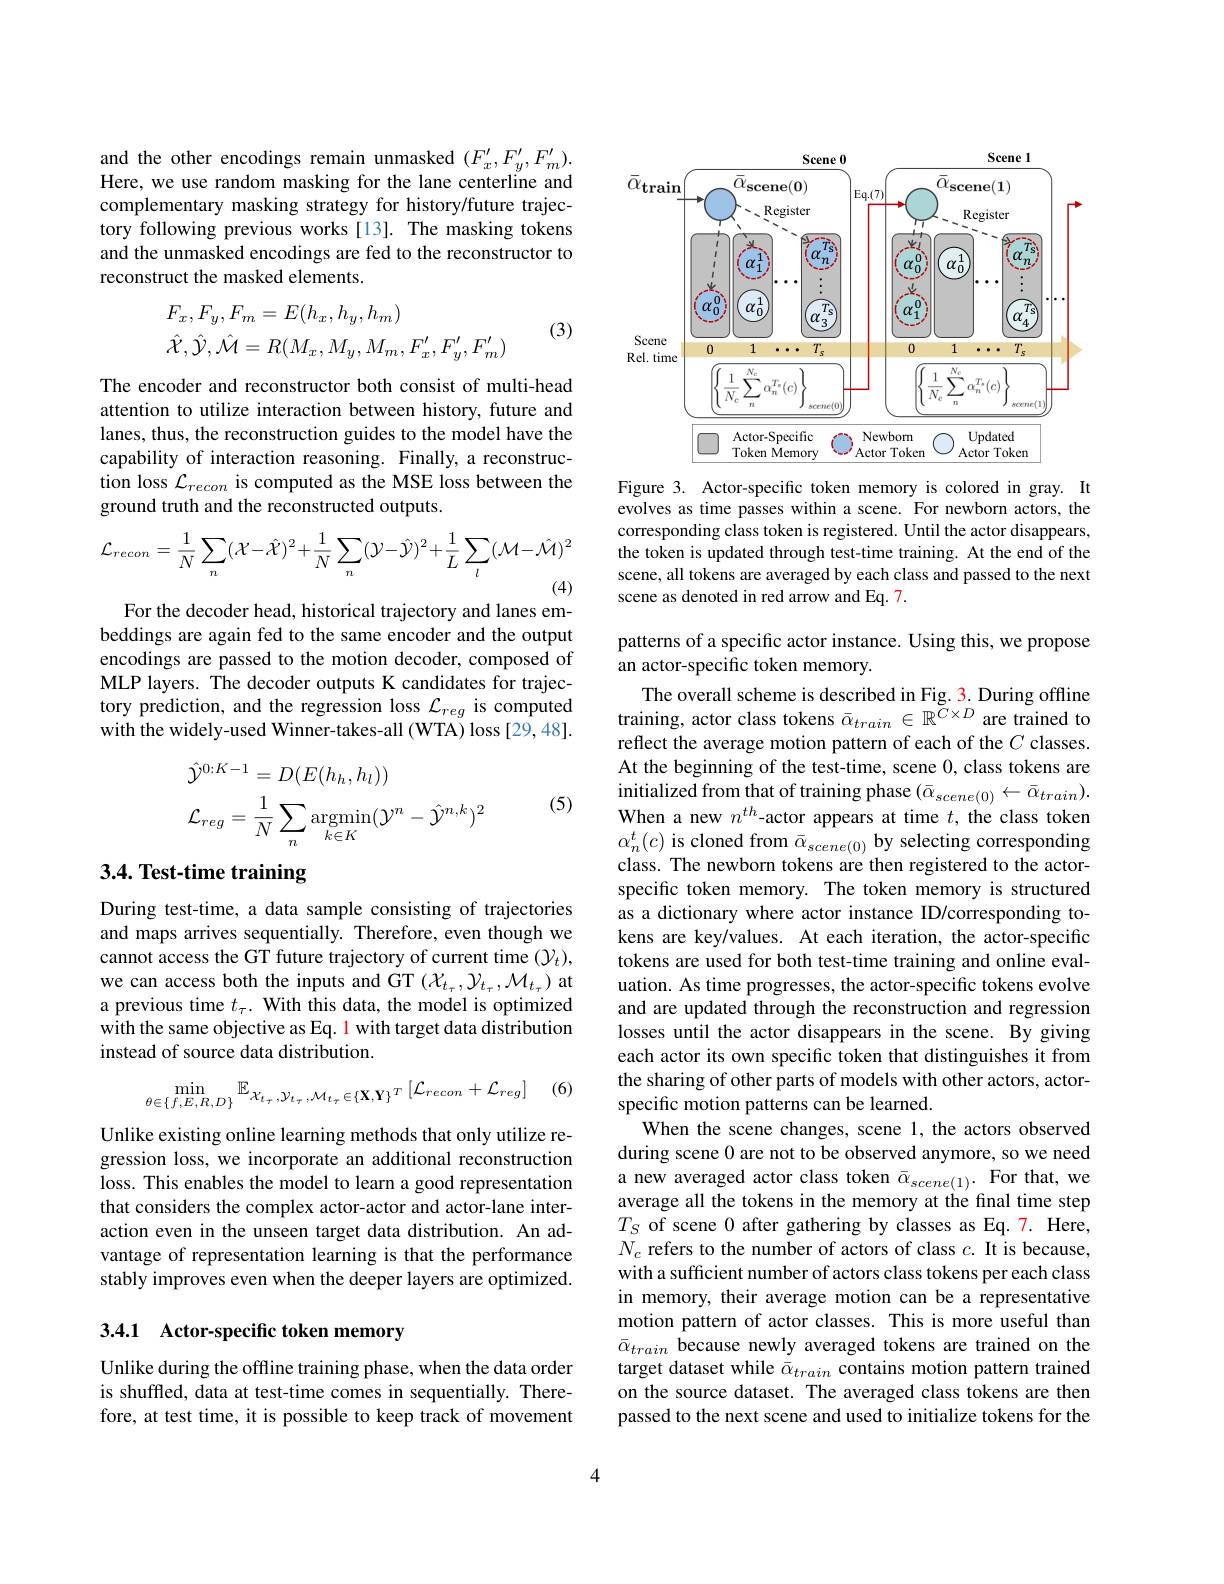
and the other encodings remain unmasked $(F_x^{\prime},F_y^{\prime},F_m^{\prime}).$ Here, we use random masking for the lane centerline and complementary masking strategy for history/future trajectory following previous works[13]. The masking tokens and the unmasked encodings are fed to the reconstructor to reconstruct the masked elements.
$$\begin{aligned}&F_{x},F_{y},F_{m}=E(h_{x},h_{y},h_{m})\\&\hat{\mathcal{X}},\hat{\mathcal{Y}},\hat{\mathcal{M}}=R(M_{x},M_{y},M_{m},F_{x}',F_{y}',F_{m}')\end{aligned}$$
(3)

The encoder and reconstructor both consist of multi-head attention to utilize interaction between history, future and lanes, thus, the reconstruction guides to the model have the capability of interaction reasoning. Finally, a reconstruction loss $\mathcal{L}_recon$ is computed as the MSE loss between the ground truth and the reconstructed outputs.
$$\mathcal{L}_{recon}=\frac{1}{N}\sum_{n}(\mathcal{X}-\hat{\mathcal{X}})^{2}+\frac{1}{N}\sum_{n}(\mathcal{Y}-\hat{\mathcal{Y}})^{2}+\frac{1}{L}\sum_{l}(\mathcal{M}-\hat{\mathcal{M}})^{2}$$
For the decoder head, historical trajectory and lanes em-

beddings are again fed to the same encoder and the output encodings are passed to the motion decoder, composed of MLP layers. The decoder outputs K candidates for trajectory prediction, and the regression loss $\mathcal{L}_reg$ is computed with the widely-used Winner-takes-all (WTA) loss [29,48].
$$\begin{aligned}&\hat{\mathcal{Y}}^{0:K-1}=D(E(h_{h},h_{l}))\\&\mathcal{L}_{reg}=\frac{1}{N}\sum_{n}\arg\min_{k\in K}(\mathcal{Y}^{n}-\hat{\mathcal{Y}}^{n,k})^{2}\end{aligned}$$
(5)

# 3.4. Test-time training

During test-time, a data sample consisting of trajectories and maps arrives sequentially. Therefore, even though we cannot access the GT future trajectory of current time $(\mathcal{Y}_t)$, we can access both the inputs and GT $(\mathcal{X}_{t_\tau},\mathcal{Y}_{t_\tau},\mathcal{M}_{t_\tau})$ at a previous time $t_\tau.$ With this data, the model is optimized with the same objective as Eq. 1 with target data distribution instead of source data distribution.
$$\min_{\theta\in\{f,E,R,D\}}\mathbb{E}_{\mathcal{X}_{t_{\tau}},\mathcal{Y}_{t_{\tau}},\mathcal{M}_{t_{\tau}}\in\{\mathbf{X},\mathbf{Y}\}^{T}}\left[\mathcal{L}_{recon}+\mathcal{L}_{reg}\right]$$
(6)

Unlike existing online learning methods that only utilize regression loss, we incorporate an additional reconstruction loss. This enables the model to learn a good representation that considers the complex actor-actor and actor-lane interaction even in the unseen target data distribution. An advantage of representation learning is that the performance stably improves even when the deeper layers are optimized.

## 3.4.1 Actor-specific token memory

Unlike during the offline training phase, when the data order is shuffled, data at test-time comes in sequentially. Therefore, at test time, it is possible to keep track of movement

<FigureHere>

Figure 3. Actor-specific token memory is colored in gray. It evolves as time passes within a scene. For newborn actors, the corresponding class token is registered. Until the actor disappears, the token is updated through test-time training. At the end of the scene, all tokens are averaged by each class and passed to the next scene as denoted in red arrow and Eq. 7.

patterns of a specific actor instance. Using this, we propose
an actor-specific token memory.

The overall scheme is described in Fig. 3. During offline training, actor class tokens $\bar{\alpha}_{train}\in\mathbb{R}^{C\times D}$ are trained to reflect the average motion pattern of each of the $C$ classes. At the beginning of the test-time, scene 0, class tokens are initialized from that of training phase $( \bar{\alpha } _{scene( 0) }\leftarrow \bar{\alpha } _{train}) .$ When a new $n^{th}$-actor appears at time $t$, the class token $\alpha_{n}^{t}(c)$ is cloned from $\bar{\alpha}_{scene(0)}$ by selecting corresponding class. The newborn tokens are then registered to the actorspecific token memory. The token memory is structured as a dictionary where actor instance ID/corresponding tokens are key/values. At each iteration, the actor-specific tokens are used for both test-time training and online evaluation. As time progresses, the actor-specific tokens evolve and are updated through the reconstruction and regression losses until the actor disappears in the scene. By giving each actor its own specific token that distinguishes it from the sharing of other parts of models with other actors, actorspecific motion patterns can be learned.
When the scene changes, scene 1, the actors observed during scene 0 are not to be observed anymore, so we need a new averaged actor class token $\bar{\alpha}_{scene(1)}.$ For that, we average all the tokens in the memory at the final time step $T_{S}$ of scene 0 after gathering by classes as Eq.7. Here, $N_c$ refers to the number of actors of class $c.$ It is because, with a sufficient number of actors class tokens per each class in memory, their average motion can be a representative motion pattern of actor classes. This is more useful than $\bar{\alpha}_{train}$ because newly averaged tokens are trained on the target dataset while $\bar{\bar{\alpha}}_{train}$ contains motion pattern trained on the source dataset. The averaged class tokens are then passed to the next scene and used to initialize tokens for the

4